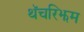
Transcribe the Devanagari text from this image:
थॅचरिझम